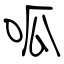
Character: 呱